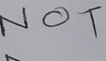
Text: NOT